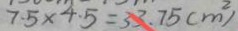
7 . 5 \times 4 . 5 = 3 3 . 7 5 ( m ^ { 2 } )